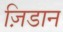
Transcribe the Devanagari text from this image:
ज़िडान